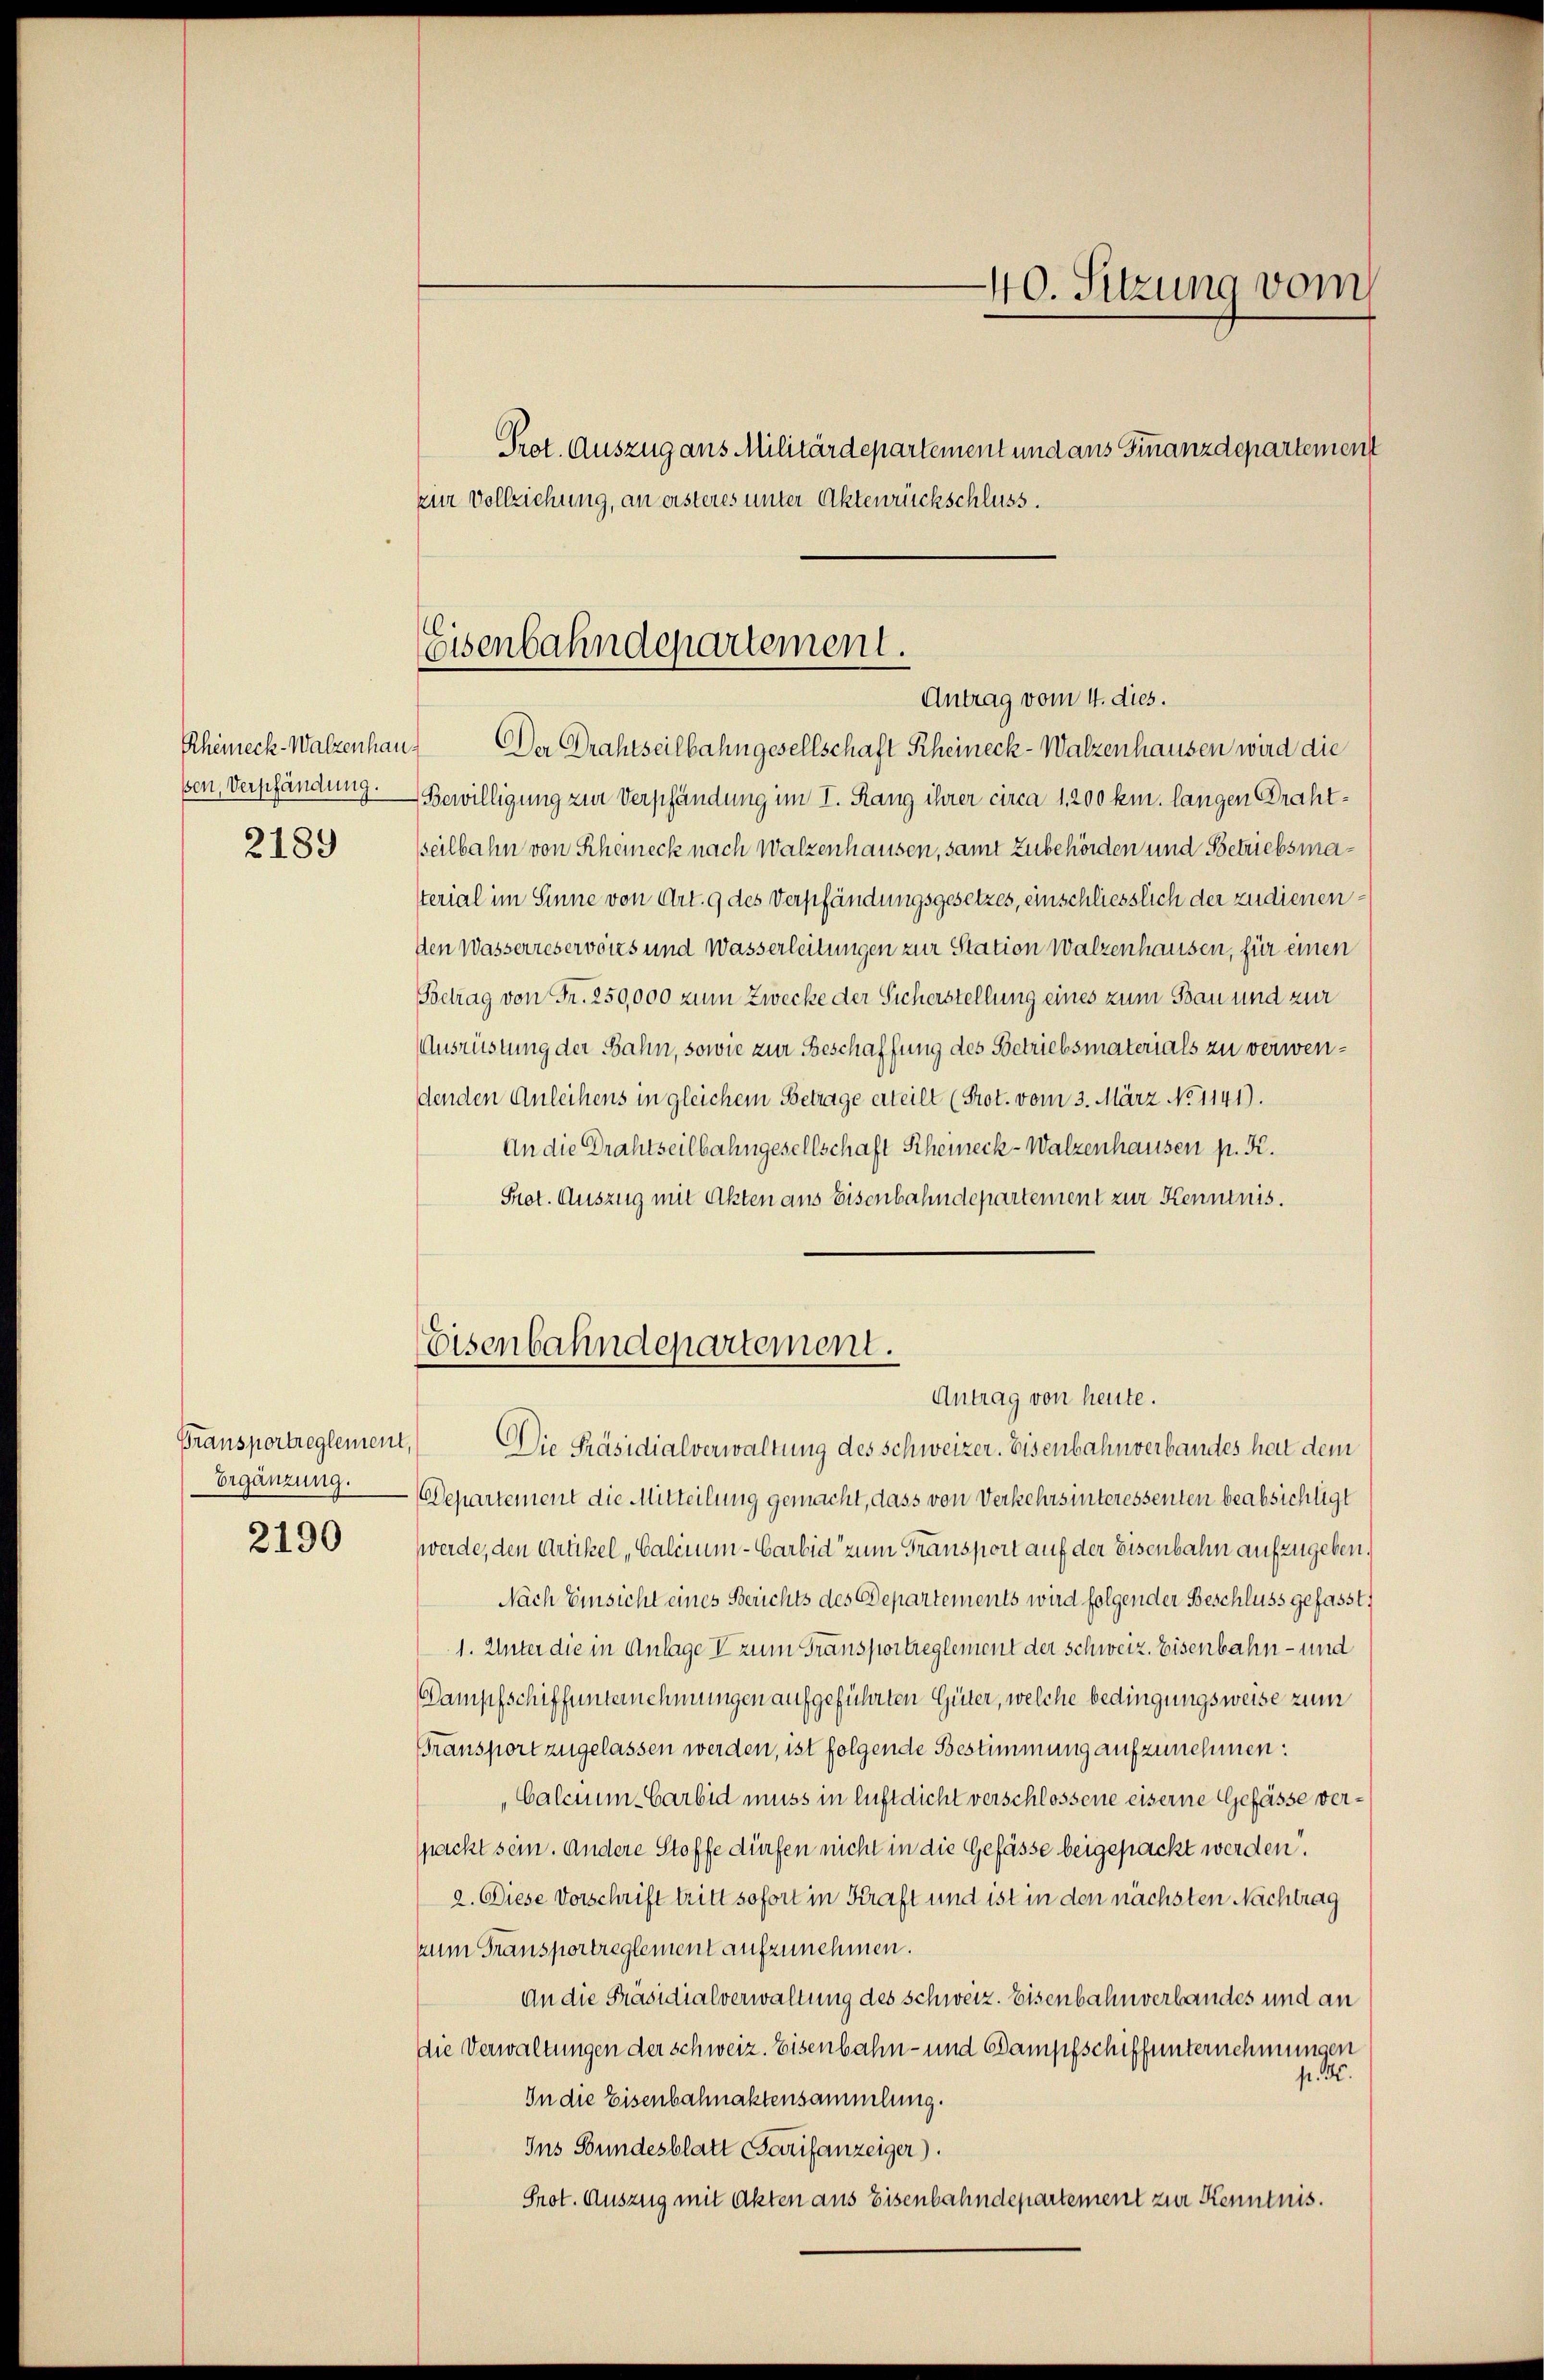
ßen, Verpfändung.
2189

Ergänzung.
2190

40. Sitzung vom

Prot. Auszug aus Militärdepartement und aus Finanzdepartement
zur Vollziehung, an ersteres unter Aktenrückschluss.
Rheineck-Walzenhaus Der Drahtseilbahngesellschaft Rheineck-Walzenhausen wird die
Bewilligung zur Verpfändung im I. Rang ihrer circa 1,200 km. langen Drahtseilbahn von Scheineck nach Walzenhausen, samt Zubehörden und Betriebsmasterial im Sinne von Art. 9 des Verpfändungsgesetzes, einschliesslich der zudienenden Wasserreservors und Wasserleitungen zur Station Walzenhausen, für einen
Poetrag von Fr. 250,000 zum Zwecke der Sicherstellung eines zum Bau und zur
Ausrüstung der Bahn, sowie zur Beschaffung des Betriebsmaterials zu verwendenden Anleihens in gleichem Betrage erteilt (Prot. vom 3. März No 1141).
An die Drahtseilbahngesellschaft Scheineck-Walzenhausen p. K.
Prot. Auszug mit Akten aus Eisenbahndepartement zur Kenntnis.

Eisenbahndepartement.
Antrag vom 4. dies.

Eisenbahndepartement.
Antrag von heute.

Gransportreglement, Die Präsidialverwaltung des Schweizer. Eisenbahnverbandes hat dem
Departement die Mitteilung gemacht, dass von Verkehrsinteressenten beabsichtigt
werde, den Artikel Calinum - Carbid zum Transport auf der Eisenbahn aufzugeben.
Nach Einsicht eines Berichts des Departements wird folgender Beschluss gefasst,
1. Unter die in Anlage V zum Fransportreglement der Schweiz. Eisenbahn- und
Dampfschiffunternehmungen aufgeführten Güter, welche bedingungsweise zum
Transport zugelassen werden, ist folgende Bestimmung aufzunehmen:
"Calcuum-Carbid muss in luft dicht verschlossene eiserne Gefässe verspackt sein. Andere Stoffe dürfen nicht in die Gefässe beigepackt werden.
a. Diese Vorschrift tritt sofort in Kraft und ist in den nächsten Nachtrag
zum Transportreglement aufzunehmen.
An die Präsidialverwaltung des Schweiz. Eisenbahnverbandes und an
die Verwaltungen der schweiz. Eisenbahn- und Dampfschiffunternehmungen
p. 5.
In die Eisenbahnaktensammlung.
Ins Bundesblatt Tarifanzeiger).
Prot. Auszug mit Akten aus Eisenbahndepartement zur Kenntnis.